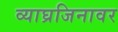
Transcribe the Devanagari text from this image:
व्याघ्रजिनावर